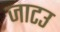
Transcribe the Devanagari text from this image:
जाटउ